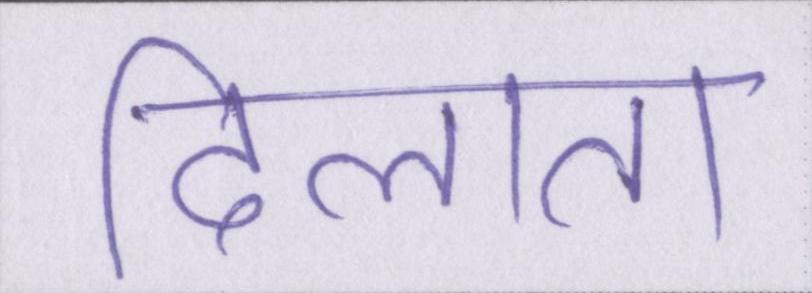
दिलाता